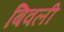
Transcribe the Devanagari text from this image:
बिवली